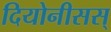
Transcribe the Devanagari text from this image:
दियोनीसस्